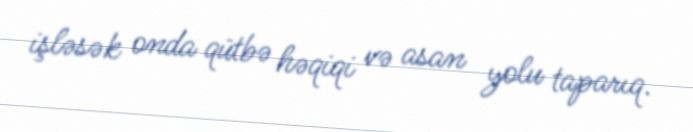
işləsək onda qütbə həqiqi və asan yolu taparıq.